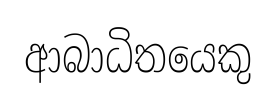
ආබාධිතයෙකු